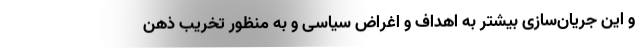
و این جریان‌سازی بیشتر به اهداف و اغراض سیاسی و به منظور تخریب ذهن